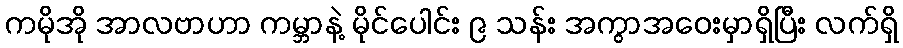
ကမိုအို အာလဗာဟာ ကမ္ဘာနဲ့ မိုင်ပေါင်း ၉ သန်း အကွာအဝေးမှာရှိပြီး လက်ရှိ